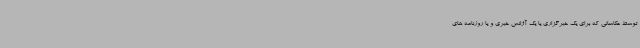
توسط عکاسانی که برای یک خبرگزاری یا یک آژانس خبری و یا روزنامه های